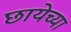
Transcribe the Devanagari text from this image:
छायेच्या